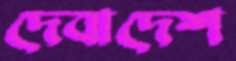
দেবাদেশ